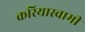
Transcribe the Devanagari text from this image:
करियास्वामी